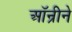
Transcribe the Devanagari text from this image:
ऑन्रीने